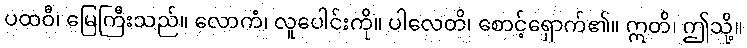
ပထဝီ၊ မြေကြီးသည်။ လောကံ၊ လူပေါင်းကို။ ပါလေတိ၊ စောင့်ရှောက်၏။ ဣတိ၊ ဤသို့။